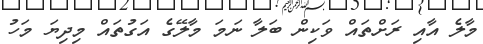
މާލެ އާއި ރަށްތައް ވަކިން ބަލާ ނަމަ މާލޭގެ އަގުތައް މިދިޔަ މަހު